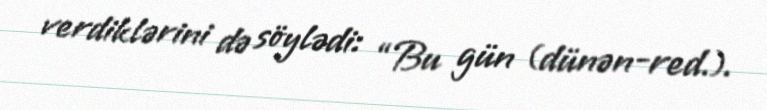
verdiklərini də söylədi: “Bu gün (dünən-red.).